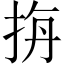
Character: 𭠭